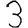
Digit: 3